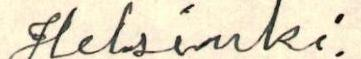
Helsinki.